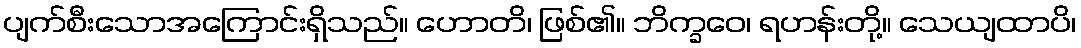
ပျက်စီးသောအကြောင်းရှိသည်။ ဟောတိ၊ ဖြစ်၏။ ဘိက္ခဝေ၊ ရဟန်းတို့။ သေယျထာပိ၊